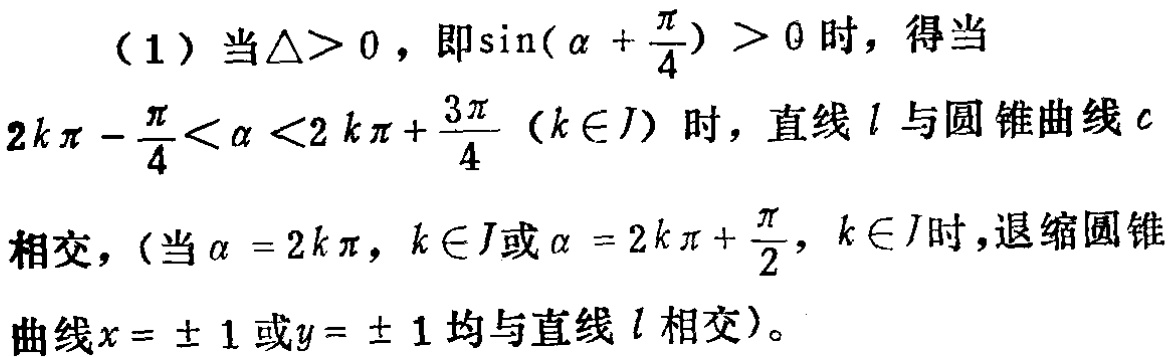
（1）当$\triangle>0$，即$\sin(\alpha +\frac{\pi}{4}) > 0$时，得当
$2k\pi - \frac{\pi}{4}<\alpha <2k\pi +\frac{3\pi}{4}$（$k\in J$）时，直线$l$与圆锥曲线$c$
相交，（当$\alpha = 2k\pi$，$k\in J$或$\alpha = 2k\pi + \frac{\pi}{2}$，$k\in J$时，退缩圆锥
曲线$x = \pm 1$或$y = \pm 1$均与直线$l$相交）。